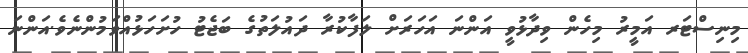
މިނިސްޓަރ އަމީރު މިހެން ވިދާޅުވީ އަންނަ އަހަރަށް ލަފާކުރާ ދައުލަތުގެ ބަޖެޓު ހުށަހަޅުއްވަމުންނެވެ.އަންނަ